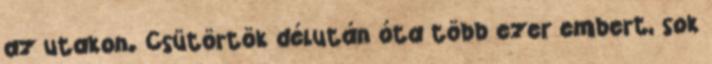
az utakon. Csütörtök délután óta több ezer embert, sok